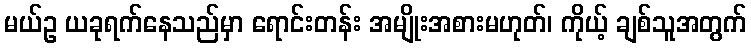
မယ်ဥ ယခုရက်နေသည်မှာ ရောင်းတန်း အမျိုးအစားမဟုတ်၊ ကိုယ့် ချစ်သူအတွက်